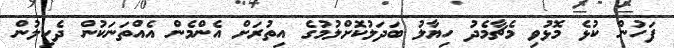
ފަހުން ކުޅެ މޮޅުވި މެޗާމެދު ހިޔާލު ބަދަލުކޮށްލުމުގެ އިތުރަށް އެންމެން އެއްތަނަކުން ދެކިލުން